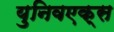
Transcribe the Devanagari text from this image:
युनिवएक्स